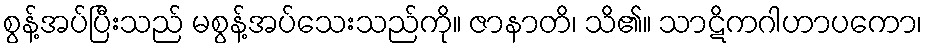
စွန့်အပ်ပြီးသည် မစွန့်အပ်သေးသည်ကို။ ဇာနာတိ၊ သိ၏။ သာဋိကဂါဟာပကော၊